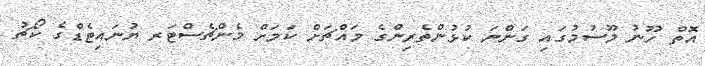
އޮތް ހޫނު މޫސުމުގައި ގަންނަ ކުޅުންތެރިންގެ މައްޗަށް ކަމަށް މެންޗެސްޓަރ ޔުނައިޓެޑްގެ ކޯޗު